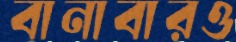
বানাবারও